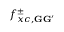
f _ { x c , \mathbf { G } \mathbf { G } ^ { \prime } } ^ { \pm }